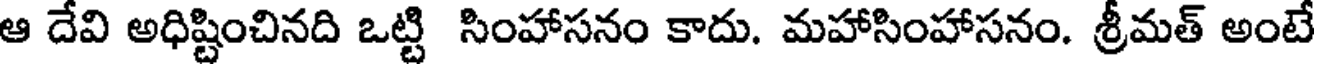
ఆ దేవి అధిష్టించినది ఒట్టి సింహాసనం కాదు. మహాసింహాసనం. శ్రీమత్ అంటే